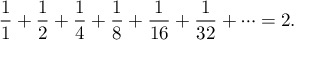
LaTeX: { \frac { 1 } { 1 } } + { \frac { 1 } { 2 } } + { \frac { 1 } { 4 } } + { \frac { 1 } { 8 } } + { \frac { 1 } { 1 6 } } + { \frac { 1 } { 3 2 } } + \cdots = 2 .